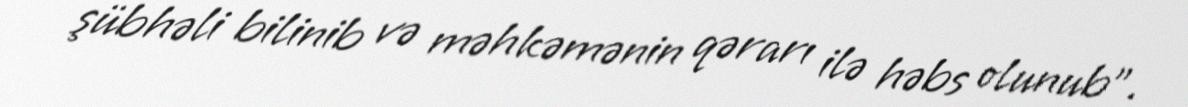
şübhəli bilinib və məhkəmənin qərarı ilə həbs olunub”.